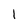
Character: l